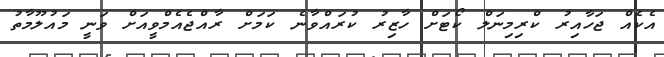
އެކެއް ޖަހާއިރު ކްރިމިނަލް ކޯޓަށް ހާޒިރު ކުރައްވާނެ ކަމަށް ރާއްޖެއެމްވީއަށް ވަނީ މައުލޫމާތު